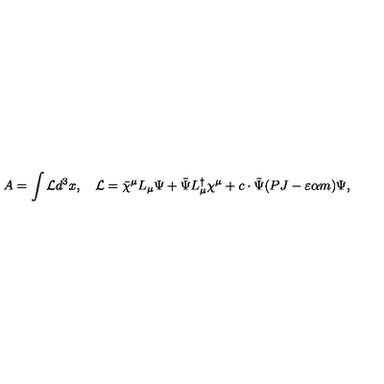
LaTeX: A = \int { \cal L } d ^ { 3 } x , \quad { \cal L } = \bar { \chi } ^ { \mu } L _ { \mu } \Psi + \bar { \Psi } L _ { \mu } ^ { \dagger } \chi ^ { \mu } + c \cdot \bar { \Psi } ( P J - \varepsilon \alpha m ) \Psi ,